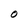
Character: O